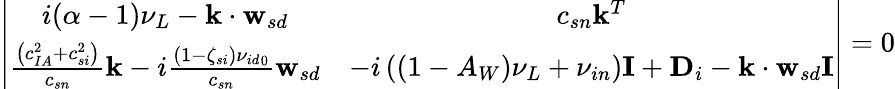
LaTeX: \left|\begin{array}{cc}{i(\alpha-1)\nu_{{L}}-\mathbf{k}\cdot\mathbf{w}_{sd}}&{c_{{sn}}\mathbf{k}^{T}}\\ {\frac{\left(c_{{IA}}^{2}+c_{{si}}^{2}\right)}{c_{{sn}}}\mathbf{k}-i\frac{(1-\zeta_{si}){\nu_{id}}_{0}}{c_{sn}}\mathbf{w}_{sd}}&{-i\left(\left(1-A_{W}\right)\nu_{{L}}+\nu_{{in}}\right)\mathbf{I}+\mathbf{D}_{i}-\mathbf{k}\cdot\mathbf{w}_{sd}\mathbf{I}}\end{array}\right|=0